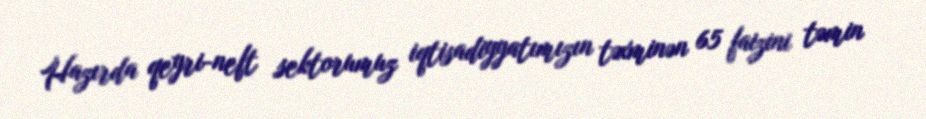
Hazırda qeyri-neft sektorumuz iqtisadiyyatımızın təxminən 65 faizini təmin